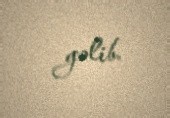
gəlib.